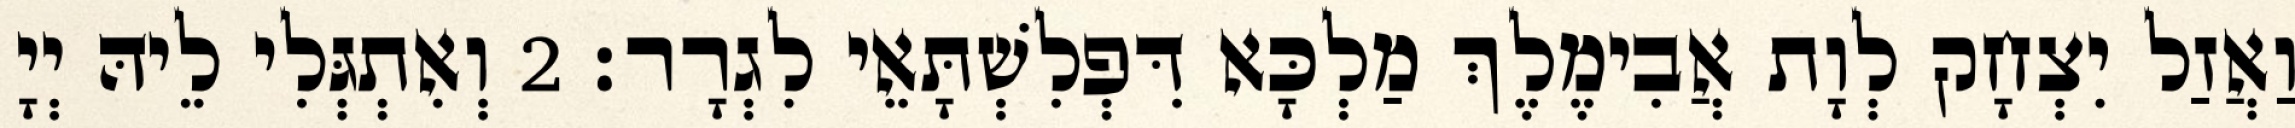
וַאֲזַל יִצְחָק לְוָת אֲבִימֶלֶךְ מַלְכָּא דִּפְלִשְׁתָּאֵי לִגְרָר׃ 2 וְאִתְגְּלִי לֵיהּ יְיָ